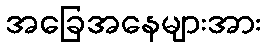
အခြေအနေများအား